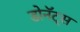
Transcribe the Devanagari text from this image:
डोनॅट्स